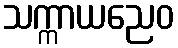
သက္ကာယညေဝ